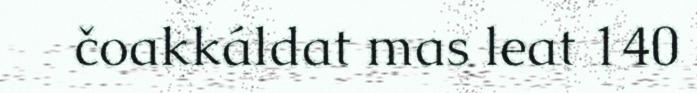
čoakkáldat mas leat 140